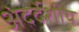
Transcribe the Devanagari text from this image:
अंदर्देशीय